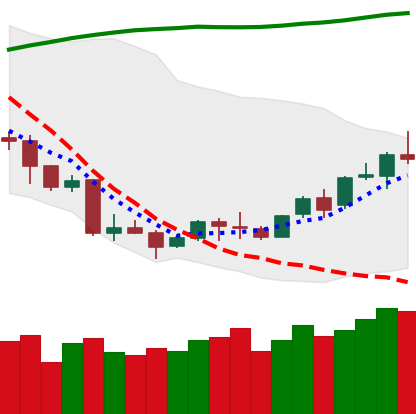
Ticker: LINK-USD
Chart end date: 2018-04-13
Forward return: 16.97%
Label: up_7plus